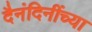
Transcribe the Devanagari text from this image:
दैनंदिनींच्या